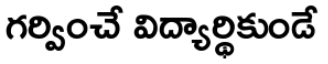
గర్వించే విద్యార్థికుండే